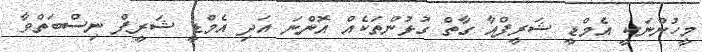
މީހުންނަކީ އެމްޑީ ޝަރީފްއާ ގާތް ގުޅުންތަކެއް އޮންނަ އަދި އެމްޑީ ޝަރީފް ނިސްބަތްވާ